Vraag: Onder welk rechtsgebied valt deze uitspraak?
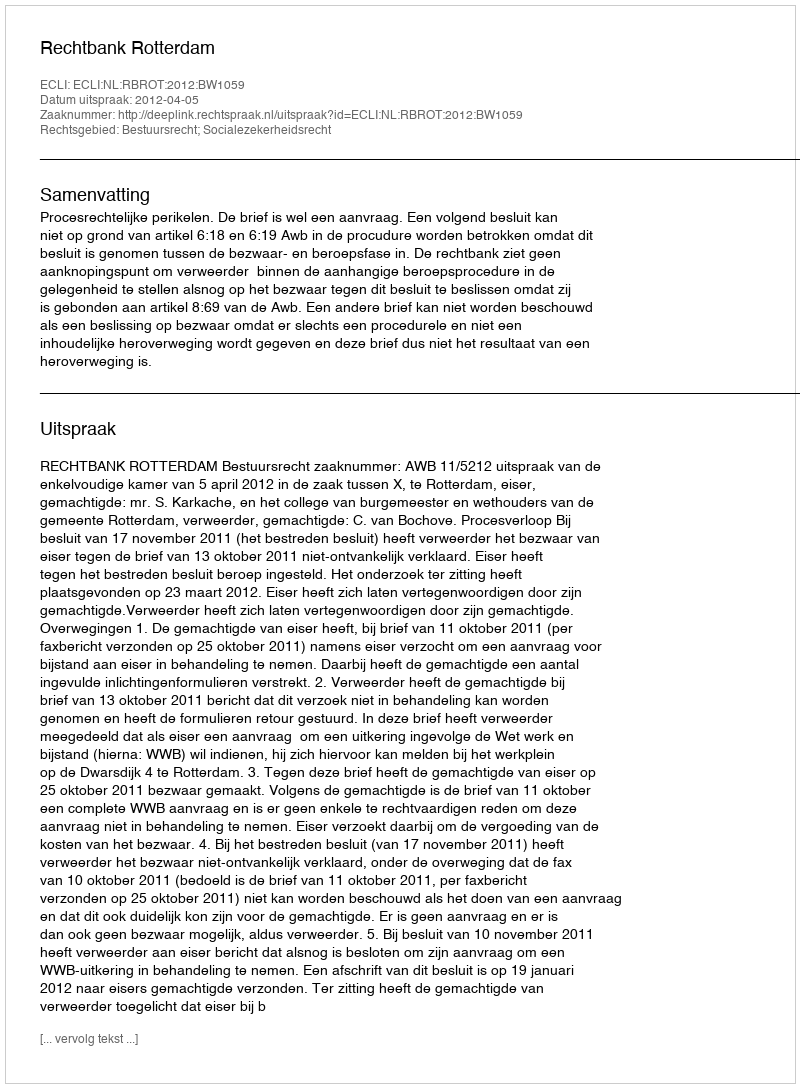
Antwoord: Bestuursrecht; Socialezekerheidsrecht